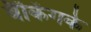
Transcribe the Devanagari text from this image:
बैंकिंगके